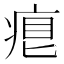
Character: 𤶨